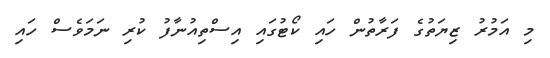
މި އަމުރު ޒިޔަތުގެ ފަރާތުން ހައި ކޯޓުގައި އިސްތިއުނާފު ކުރި ނަމަވެސް ހައި